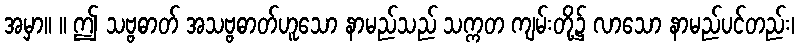
အမှာ။ ။ ဤ သဗ္ဗဓာတ် အသဗ္ဗဓာတ်ဟူသော နာမည်သည် သက္ကတ ကျမ်းတို့၌ လာသော နာမည်ပင်တည်း၊